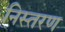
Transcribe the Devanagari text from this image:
निस्तरण